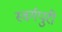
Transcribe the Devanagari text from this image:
स्वर्गपुरी